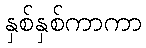
နှစ်နှစ်ကာကာ